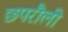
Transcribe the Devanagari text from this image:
छपरौली